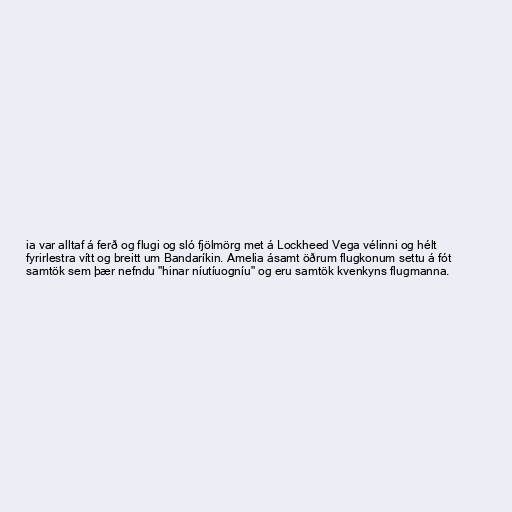
ia var alltaf á ferð og flugi og sló fjölmörg met á Lockheed Vega vélinni og hélt
fyrirlestra vítt og breitt um Bandaríkin. Amelia ásamt öðrum flugkonum settu á fót
samtök sem þær nefndu "hinar níutíuogníu" og eru samtök kvenkyns flugmanna.